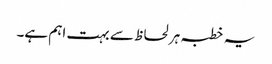
یہ خطبہ ہر لحاظ سے بہت اہم ہے۔